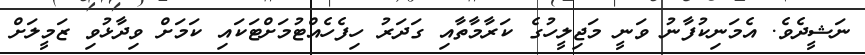
ނަޝީދެވެ. އެމަނިކުފާނު ވަނީ މަޖިލީހުގެ ކަރާމާތާއި ގަދަރު ހިފެހެއްޓުމަށްޓަކައި ކަމަށް ވިދާޅުވި ޒަމީލަށް